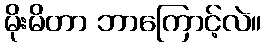
မိုးမိတာ ဘာကြောင့်လဲ။